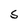
Character: S